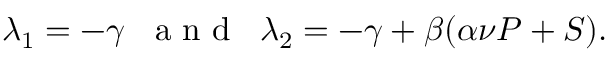
\lambda _ { 1 } = - \gamma \; \; \mathrm { ~ a ~ n ~ d ~ } \; \; \lambda _ { 2 } = - \gamma + \beta ( \alpha \nu P + S ) .